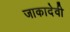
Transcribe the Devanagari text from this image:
जाकादेवी